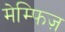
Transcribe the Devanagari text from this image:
मेम्फिज़